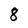
Character: 8